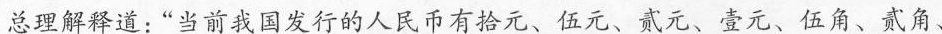
总理解释道：“当前我国发行的人民币有拾元、伍元、贰元、壹元、伍角、贰角、